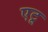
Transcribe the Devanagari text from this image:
एटू